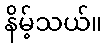
နိမ့်သယ်။